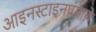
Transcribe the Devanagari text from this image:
आइनस्टाइनप्रमाणे